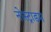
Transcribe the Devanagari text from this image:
नोस्ट्राडम